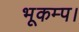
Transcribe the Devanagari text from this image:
भूकम्प।